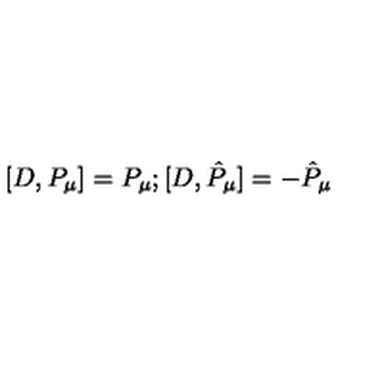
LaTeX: [ D , P _ { \mu } ] = P _ { \mu } ; [ D , { \hat { P } } _ { \mu } ] = - { \hat { P } } _ { \mu }